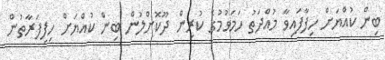
ބިން ކުއްޔަށް ހިފާފައިވާ މުއްދަތު ހަމަވުމުގެ ކުރިން ދޫކޮށްލުން ބިން ކުއްޔަށް ހިފިފަރާތުން